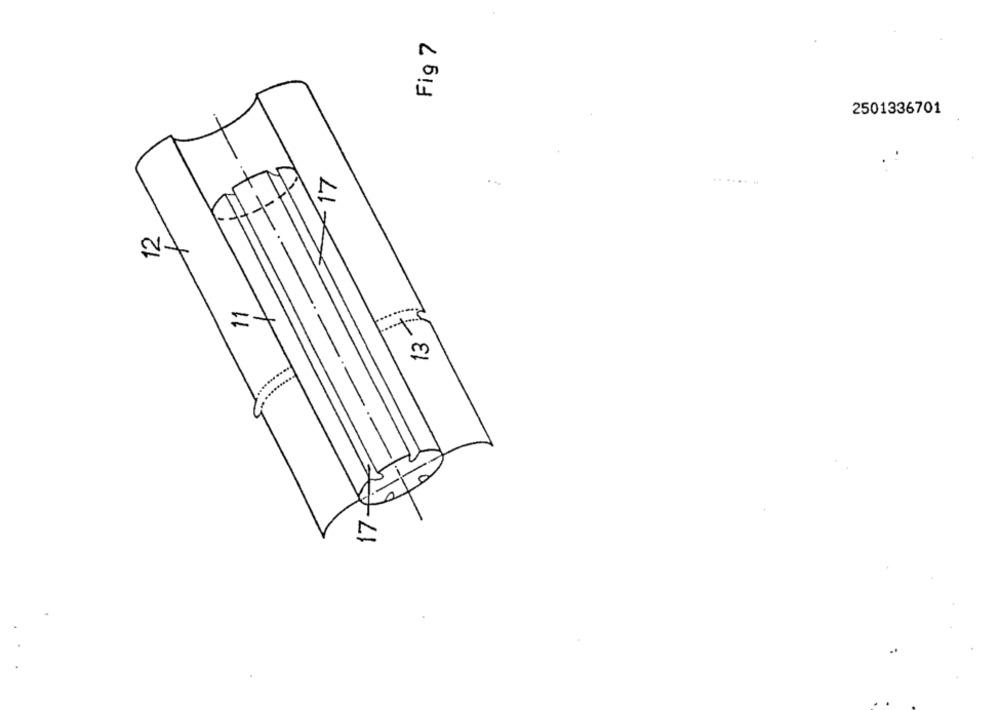
Fig 7
2501336701
..
LI
17